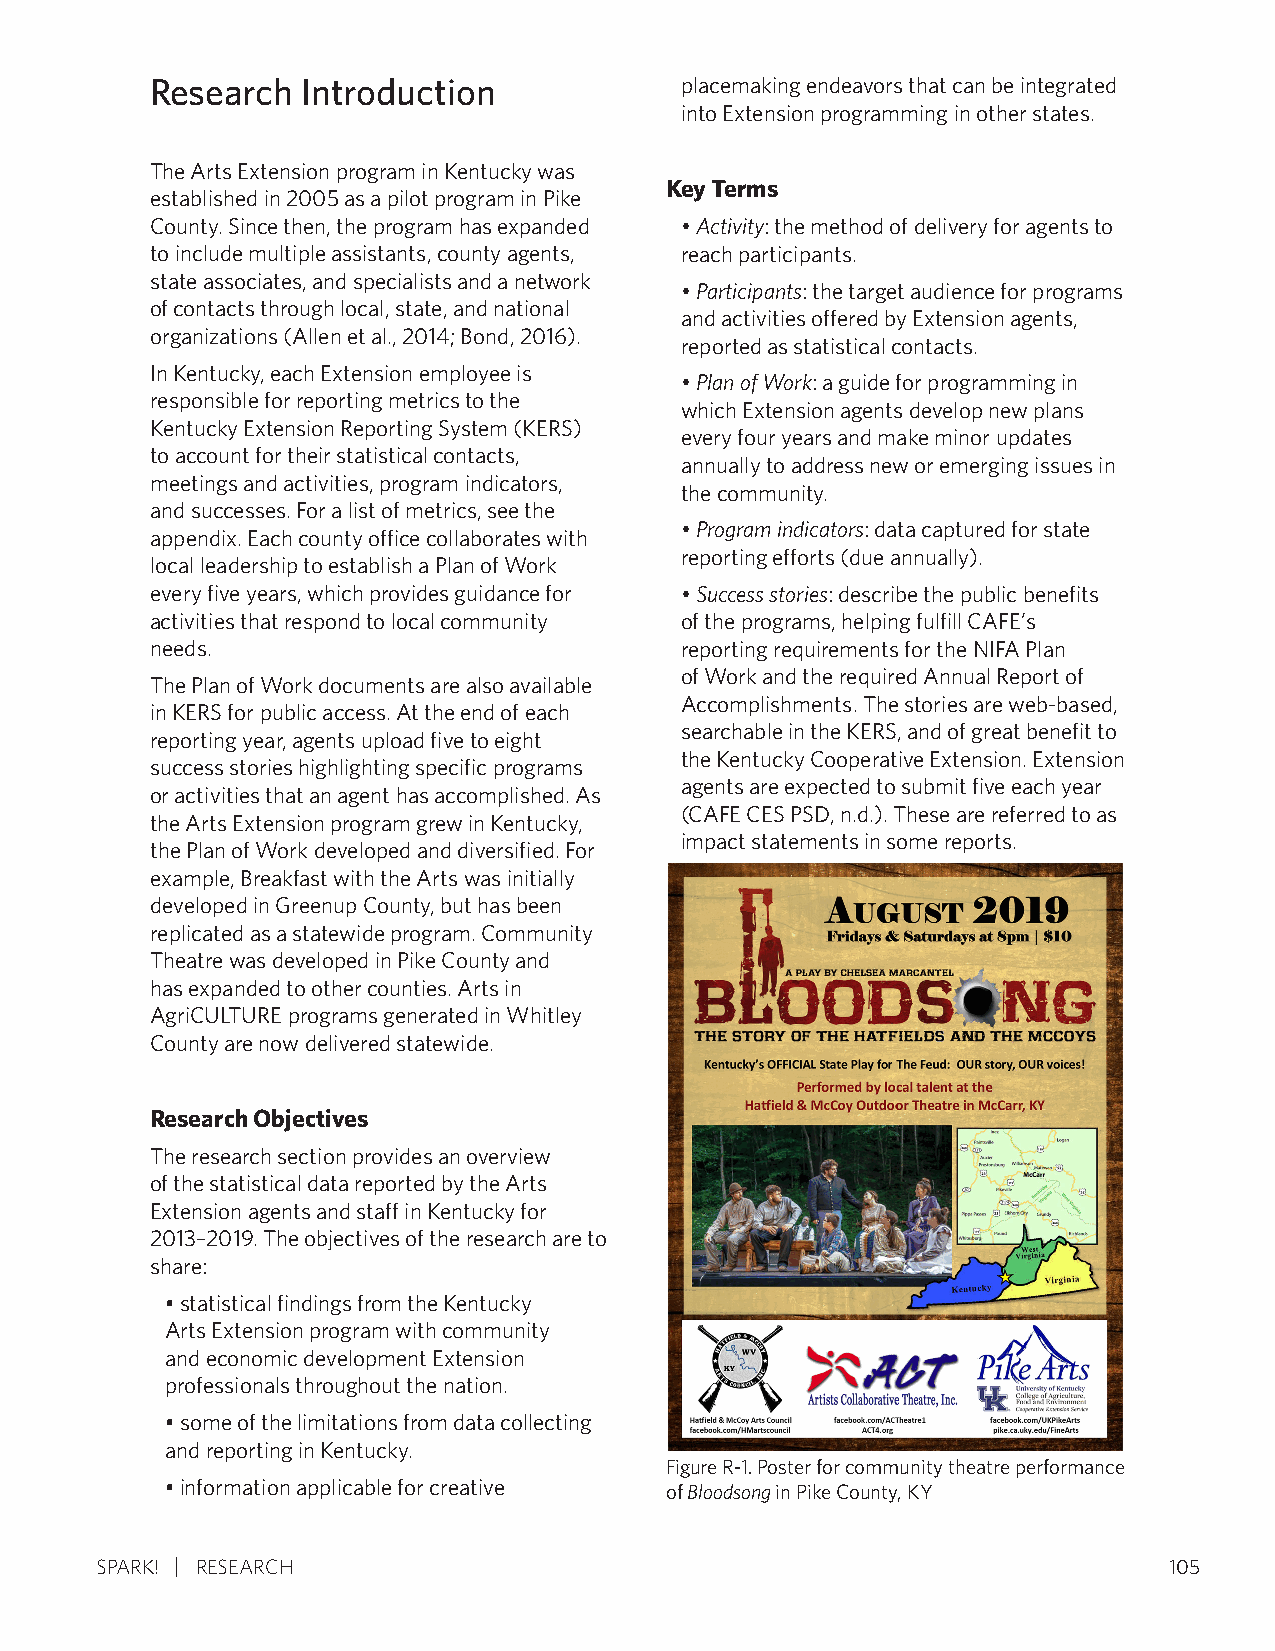
Research  Introduction             placemaking endeavors that can be integrated
 into Extension programming in other states.
 The Arts Extension program in Kentucky was
 Key Terms
 established in 2005 as a pilot program in Pike
 County. Since then, the program has expanded • Activity: the method of delivery for agents to
 to include multiple assistants, county agents, reach participants.
 state associates, and specialists and a network
 • Participants: the target audience for programs
 of contacts through local, state, and national
 and activities offered by Extension agents,
 organizations (Allen et al., 2014; Bond, 2016).
 reported as statistical contacts.
 In Kentucky, each Extension employee is
 • Plan of Work: a guide for programming in
 responsible for reporting metrics to the
 which Extension agents develop new plans
 Kentucky Extension Reporting System (KERS)
 every four years and make minor updates
 to account for their statistical contacts,
 annually to address new or emerging issues in
 meetings and activities, program indicators,
 the community.
 and successes. For a list of metrics, see the
 • Program indicators: data captured for state
 appendix. Each county office collaborates with
 reporting efforts (due annually).
 local leadership to establish a Plan of Work
 every five years, which provides guidance for • Success stories: describe the public benefits
 activities that respond to local community of the programs, helping fulfill CAFE’s
 needs.                             reporting requirements for the NIFA Plan
 of Work and the required Annual Report of
 The Plan of Work documents are also available
 Accomplishments. The stories are web-based,
 in KERS for public access. At the end of each
 searchable in the KERS, and of great benefit to
 reporting year, agents upload five to eight
 the Kentucky Cooperative Extension. Extension
 success stories highlighting specific programs
 agents are expected to submit five each year
 or activities that an agent has accomplished. As
 (CAFE CES PSD, n.d.). These are referred to as
 the Arts Extension program grew in Kentucky,
 impact statements in some reports.
 the Plan of Work developed and diversified. For
 example, Breakfast with the Arts was initially
 developed in Greenup County, but has been
 replicated as a statewide program. Community
 Theatre was developed in Pike County and
 has expanded to other counties. Arts in
 AgriCULTURE programs generated in Whitley
 County are now delivered statewide.
 Research Objectives
 The research section provides an overview
 of the statistical data reported by the Arts
 Extension agents and staff in Kentucky for
 2013–2019. The objectives of the research are to
 share:
 • statistical findings from the Kentucky
 Arts Extension program with community
 and economic development Extension
 professionals throughout the nation.
 • some of the limitations from data collecting
 and reporting in Kentucky.
 Figure R-1. Poster for community theatre performance
 • information applicable for creative of Bloodsong in Pike County, KY
 SPARK! RESEARCH                                                        105